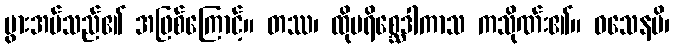
ပွားအပ်သည်၏ အဖြစ်ကြောင့်။ တဿ၊ ထိုပရိစ္ဆေဒါကာသ ကသိုဏ်း၏။ ဝသေနပိ၊